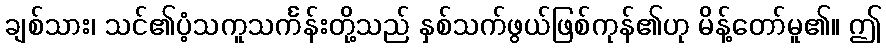
ချစ်သား၊ သင်၏ပံ့သကူသင်္ကန်းတို့သည် နှစ်သက်ဖွယ်ဖြစ်ကုန်၏ဟု မိန့်တော်မူ၏။ ဤ